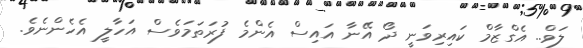
ލަވް.. އެގްޒާމް ކައިރިވަނީ ދޯ އޭނާ އައިސް އެންމެ ފުރަތަމަވެސް އަހާލީ އެހެންނެވެ.